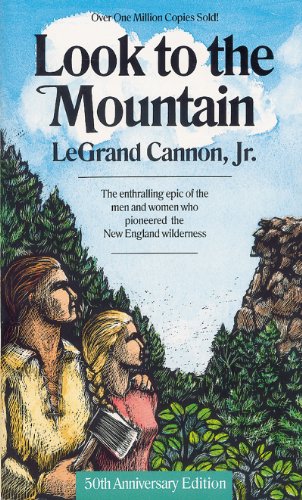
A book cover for Look to the Mountain (Regional Interest); LeGrand Cannon Jr.; Science & Math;